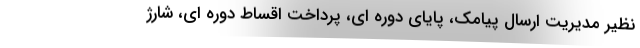
نظیر مدیریت ارسال پیامک، پایای دوره ای، پرداخت اقساط دوره ای، شارژ